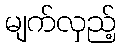
မျက်လှည့်